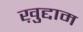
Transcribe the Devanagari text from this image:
ख़ुद्दाम